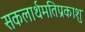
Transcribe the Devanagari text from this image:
सकलार्थमतिप्रकाशु